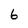
Character: 6